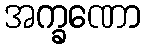
အက္ခဏော